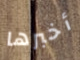
أخبرها